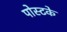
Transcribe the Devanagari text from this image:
पोस्टके